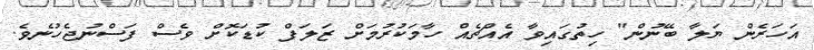
އަހަރެން ޔަލާ ބޭނުން" ހިތުގައިވާ އެއްޗެއް ހާމަކުރުމަށް ޒަލަފް ކުޑަކޮށް ވެސް ފަސްނުޖެހުނެވެ.